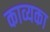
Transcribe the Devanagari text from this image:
काव्यका